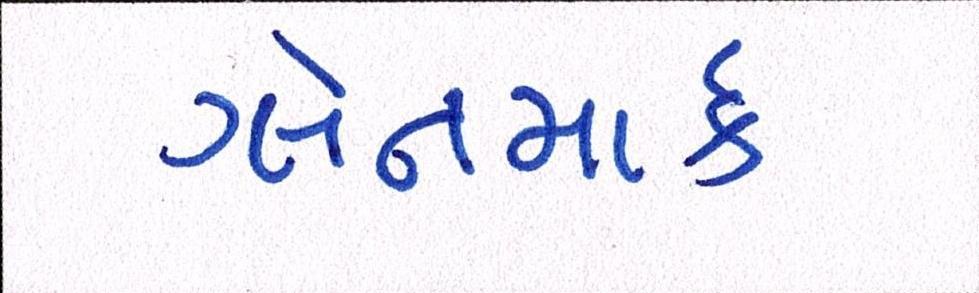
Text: ગ્લેનમાર્ક